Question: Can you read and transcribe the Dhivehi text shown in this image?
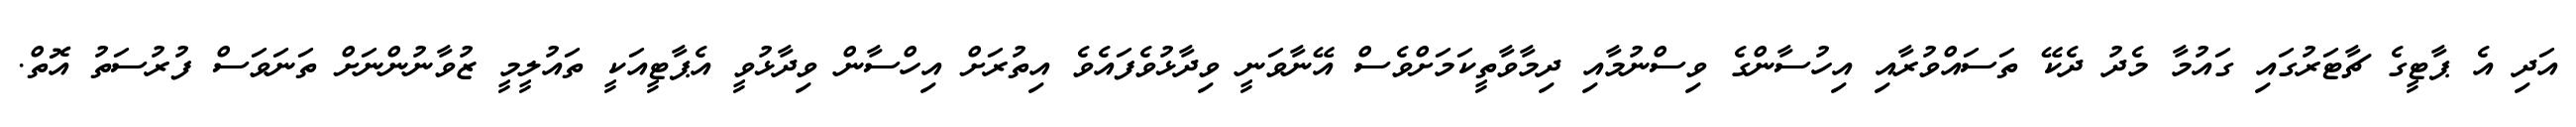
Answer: އަދި އެ ޕާޓީގެ ޗާޓަރުގައި ގައުމާ މެދު ދެކޭ ތަސައްވުރާއި އިހުސާންގެ ވިސްނުމާއި ދިމާވާތީކަމަށްވެސް އޭނާވަނީ ވިދާޅުވެފައެވެ އިތުރަށް އިހްސާން ވިދާޅުވީ އެޕާޓީއަކީ ތައުލީމީ ޒުވާނުންނަށް ތަނަވަސް ފުރުސަތު އޮތް.